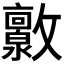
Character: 𫿧